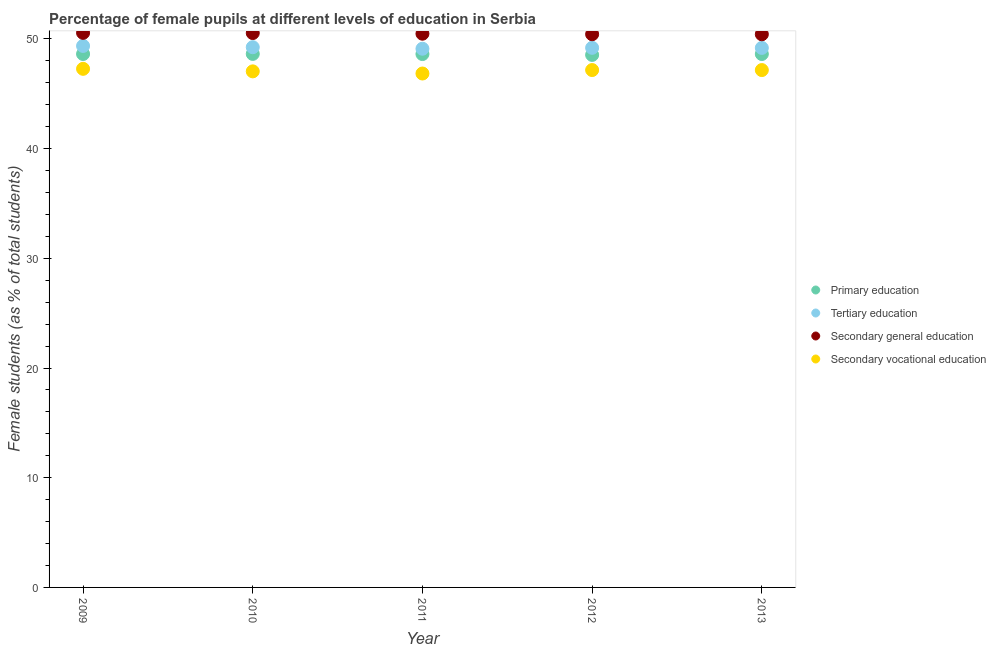
| Year | Primary education | Tertiary education | Secondary general education | Secondary vocational education |
 | --- | --- | --- | --- | --- |
 | 2009 | 48.6 | 49.4 | 50.6 | 47.3 |
 | 2010 | 48.6 | 49.2 | 50.5 | 47 |
 | 2011 | 48.6 | 49.1 | 50.5 | 46.8 |
 | 2012 | 48.5 | 49.2 | 50.4 | 47.2 |
 | 2013 | 48.6 | 49.2 | 50.4 | 47.2 |